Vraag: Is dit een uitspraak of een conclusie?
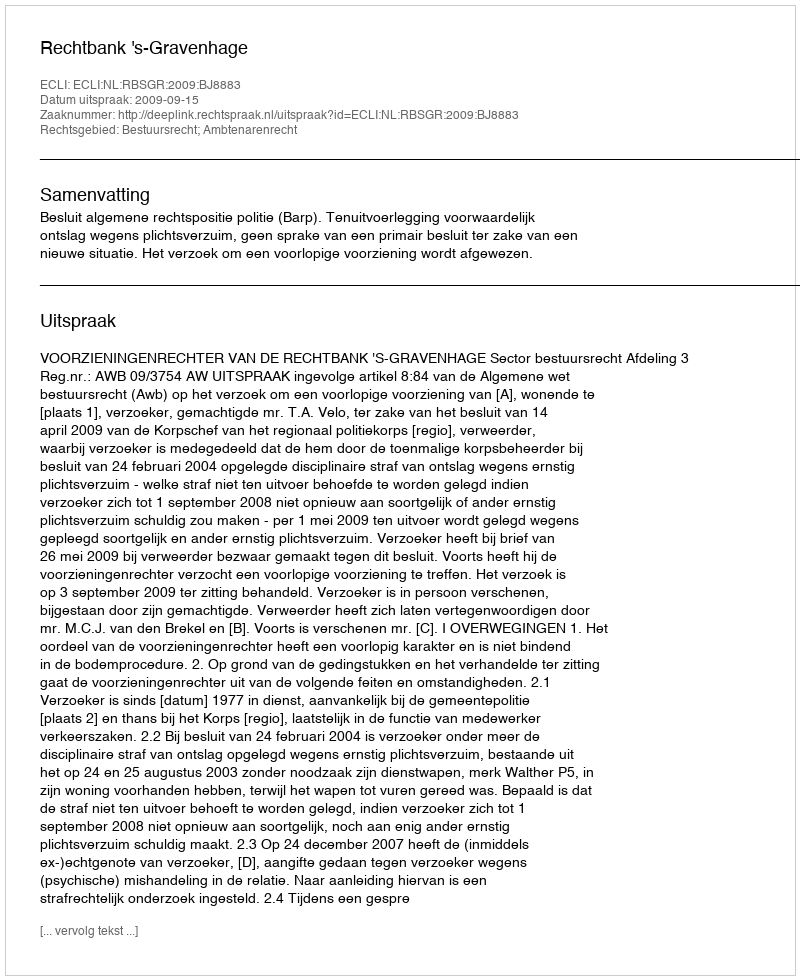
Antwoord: Uitspraak